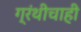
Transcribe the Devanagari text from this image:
ग्रंथीचाही